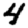
Digit: 4